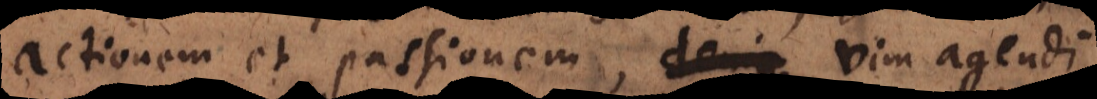
actionem et passionem, vim agendi,